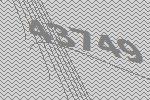
43749